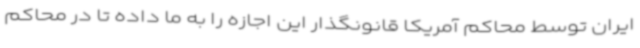
ایران توسط محاکم آمریکا قانونگذار این اجازه را به ما داده تا در محاکم